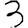
Digit: 3